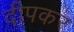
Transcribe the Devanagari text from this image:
दीपकर